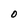
Character: O